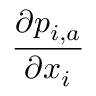
\frac { \partial p _ { i , a } } { \partial { { x } _ { i } } }